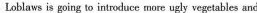
Loblaws is going to introduce more ugiy vegetables and